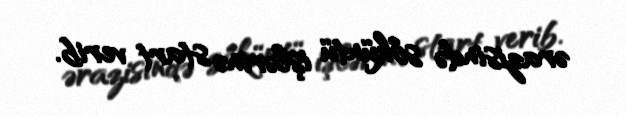
ərazisində söküntü işlərinə start verib.